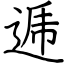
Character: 逓